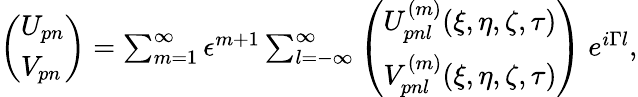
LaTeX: \begin{array}{r}{\left(\begin{array}{l}{U_{pn}}\\ {V_{pn}}\end{array}\right)=\sum_{m=1}^{\infty}\epsilon^{m+1}\sum_{l=-\infty}^{\infty}\left(\begin{array}{l}{U_{pnl}^{(m)}(\xi,\eta,\zeta,\tau)}\\ {V_{pnl}^{(m)}(\xi,\eta,\zeta,\tau)}\end{array}\right)~e^{i\Gamma l},}\end{array}